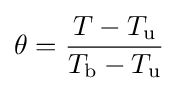
\theta ={\frac {T-T_{\rm {u}}}{T_{\rm {b}}-T_{\rm {u}}}}